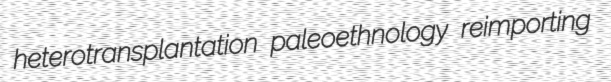
heterotransplantation paleoethnology reimporting